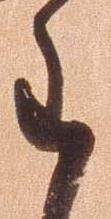
重